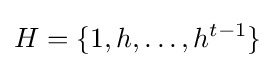
H=\{1,h,\dots ,h^{t-1}\}